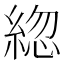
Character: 𦁕